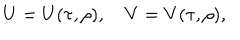
LaTeX: U = U ( \tau , \rho ) , \quad V = V ( \tau , \rho ) ,